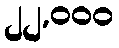
၂၂,၀၀၀